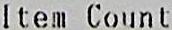
ITEM COUNT